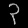
Digit: ၃